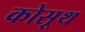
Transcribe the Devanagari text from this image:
कोसूथ